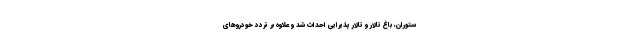
ستوران، باغ تالار و تالار پذیرایی احداث شد و علاوه بر تردد خودروهای